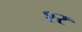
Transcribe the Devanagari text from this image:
श्‍र